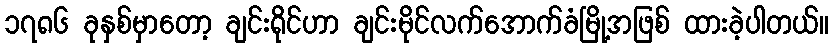
၁၇၈၆ ခုနှစ်မှာတော့ ချင်းရိုင်ဟာ ချင်းမိုင်လက်အောက်ခံမြို့အဖြစ် ထားခဲ့ပါတယ်။